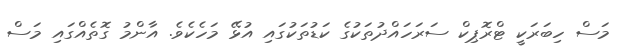
މަސް ހިބަރަކީ ޓްރޮޕިކް ސަރަހައްދުތަކުގެ ކަޑުތަކުގައި އުޅޭ މަހެކެވެ. އާންމު ގޮތެއްގައި މަސް